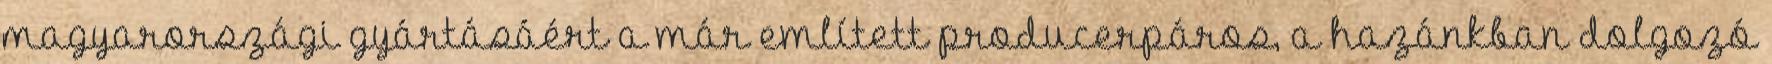
magyarországi gyártásáért a már említett producerpáros, a hazánkban dolgozó